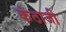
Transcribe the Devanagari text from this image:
कंठाजी